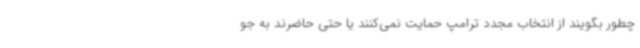
چطور بگویند از انتخاب مجدد ترامپ حمایت نمی‌کنند یا حتی حاضرند به جو